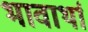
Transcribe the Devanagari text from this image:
भावार्था